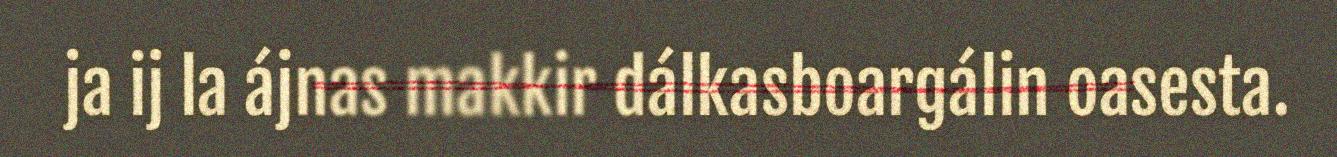
ja ij la ájnas makkir dálkasboargálin oasesta.